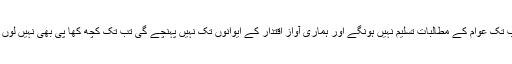
جب تک عوام کے مطالبات تسلیم نہیں ہونگے اور ہماری آواز اقتدار کے ایوانوں تک نہیں پہنچے گی تب تک کچھ کھا پی بھی نہیں لوں گا۔